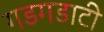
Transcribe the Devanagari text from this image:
गडगडाटी